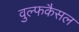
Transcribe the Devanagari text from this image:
वुल्फकैसल